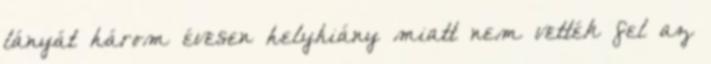
lányát három évesen helyhiány miatt nem vették fel az